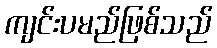
ကျင်းပမည်ဖြစ်သည်